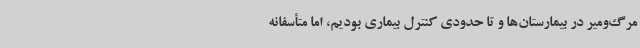
مرگ‌ومیر در بیمارستان‌ها و تا حدودی کنترل بیماری بودیم، اما متأسفانه